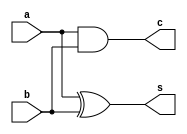
//Circuito meio somador de duas entradas: (1 bit)

module half_adder (a, b, s, c);
input a,b;
output s,c;

assign s = a ^ b;
assign c = a & b;

endmodule

//Este circuito possui duas sadas, S (soma) e o C (carry) ou overflow da soma
//Para satisfazer a tabela verdade de um half-adder 
//podemos representar  a soma com uma XOR e o carry com uma AND

module half_adder2 (a, b, s, c);
input a,b;
output s,c;

xor u1 (s, a, b);
and u2 (c, a, b);

endmodule

//o circuito poderia ser feito com 5 portas NORs